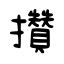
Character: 攢